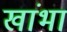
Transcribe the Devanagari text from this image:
खांभा